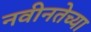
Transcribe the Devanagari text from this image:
नवीनतेच्या